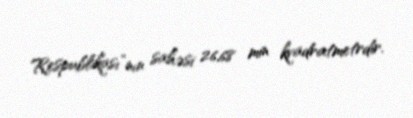
Respublikası”nın sahəsi 26,68 min kvadratmetrdir.